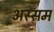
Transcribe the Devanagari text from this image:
अस्सम